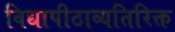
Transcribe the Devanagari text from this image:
विद्यापीठाव्यतिरिक्त